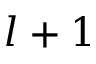
l + 1